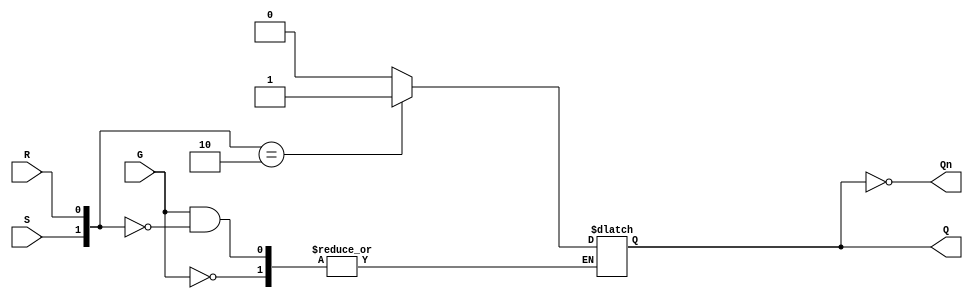
module gated_sr_latch (
    input wire S,     // Set input
    input wire R,     // Reset input
    input wire G,     // Gate (Enable) input
    output reg Q,     // Output Q
    output wire Qn    // Complement of Q
);

    assign Qn = ~Q;  // Q' is the complement of Q

    always @(*) begin
        if (G == 0) begin
            // Hold state when G is low
            Q <= Q;  // Maintain current state
        end else begin
            // G is high, evaluate S and R
            case ({S, R})
                2'b00: Q <= Q;  // Hold state
                2'b01: Q <= 0;  // Reset state
                2'b10: Q <= 1;  // Set state
                2'b11: Q <= 1'bx; // Invalid state (undefined)
                default: Q <= Q; // Default case (should not occur)
            endcase
        end
    end

endmodule